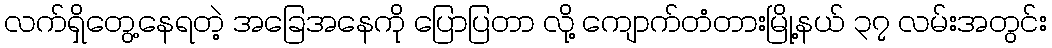
လက်ရှိတွေ့နေရတဲ့ အခြေအနေကို ပြောပြတာ လို့ ကျောက်တံတားမြို့နယ် ၃၇ လမ်းအတွင်း